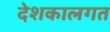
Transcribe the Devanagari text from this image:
देशकालगत